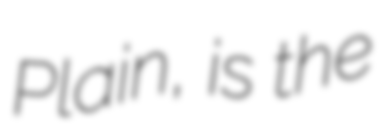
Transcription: Plain, is the